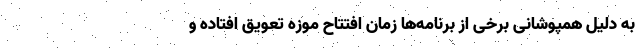
به دلیل همپوشانی برخی از برنامه‌ها زمان افتتاح موزه تعویق افتاده و